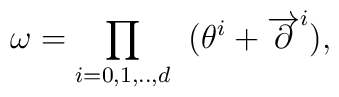
\omega = \prod_{i=0,1,..,d}\;\;(\theta^i +\overrightarrow{\partial}^i), \nonumber